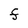
Character: F